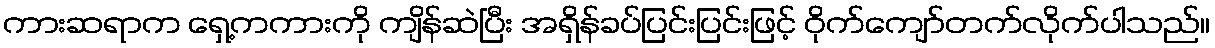
ကားဆရာက ရှေ့ကကားကို ကျိန်ဆဲပြီး အရှိန်ခပ်ပြင်းပြင်းဖြင့် ဝိုက်ကျော်တက်လိုက်ပါသည်။